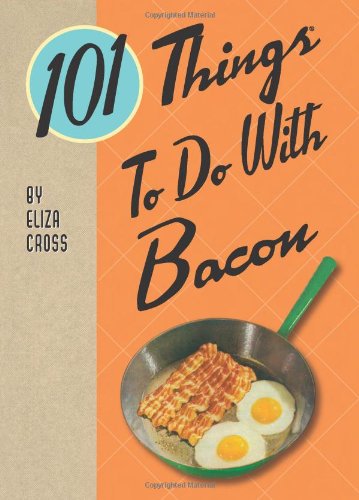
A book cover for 101 Things to Do with Bacon; Eliza Cross; Cookbooks, Food & Wine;